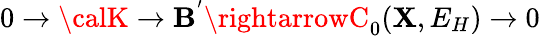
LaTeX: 0\rightarrow{\calK}\rightarrow{\cal\mathbf{B}^{'}}\rightarrowC_{0}(\mathbf{X},E_{H})\rightarrow0